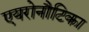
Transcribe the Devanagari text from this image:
एयरोनौटिका